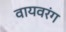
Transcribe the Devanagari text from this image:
वायवरंग